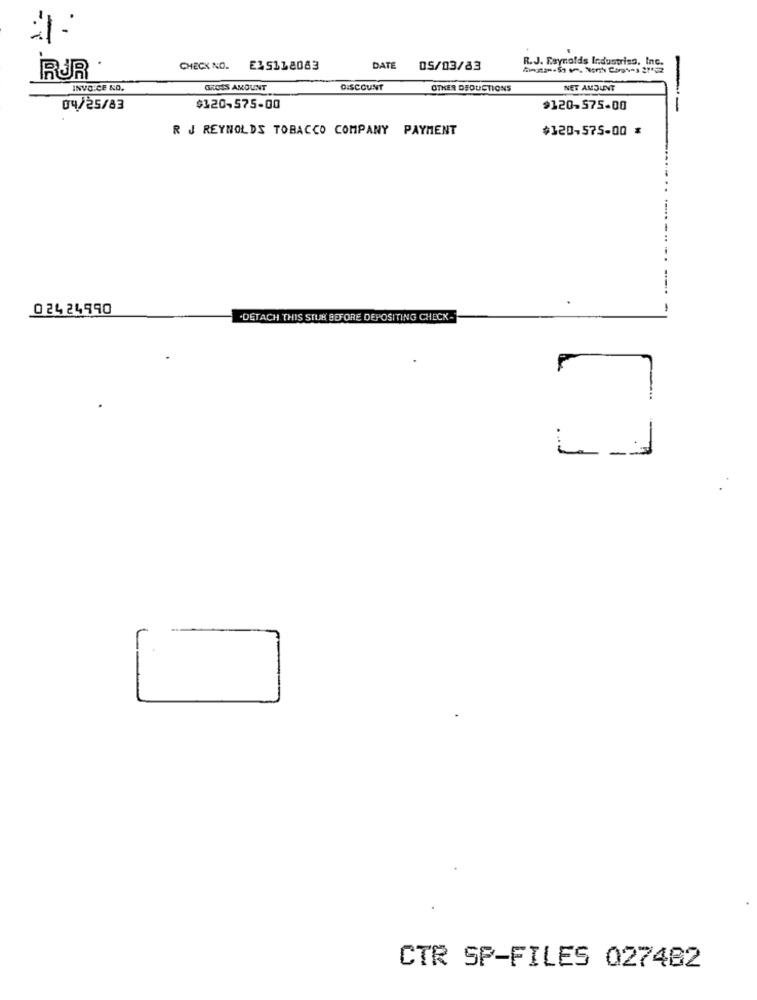
R. J. Reynolds Industriso, Inc.
CHECK NO.
ELS118083
DATE
05/03/83
İRUR
INVOICE &O.
GROSS AMOUNT
DISCOUNT
OTHER DEDUCTIONS
NET AMOUNT
04/25/83
$120,575-00
$120-575-00
R J REYNOLDS TOBACCO COMPANY PAYMENT
$320-575-00 *
02424990
.DETACH THIS STLER BEFORE DEPOSITING CHECK-
CTR SP-FILES 027462